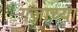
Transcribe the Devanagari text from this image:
गजाच्या